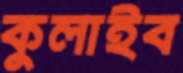
কুলাইব